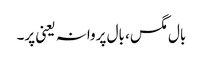
بال مگس، بال پروانہ یعنی پر۔